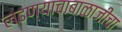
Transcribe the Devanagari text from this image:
लढण्याचाबाळाजींचा